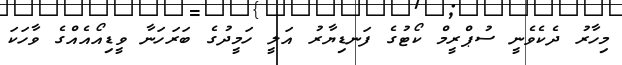
މިހާރު ދެކެވެނީ ސުޕްރީމް ކޯޓުގެ ފަނޑިޔާރު އަލީ ހަމީދުގެ ބަރަހަނާ ވީޑިއޯއެއްގެ ވާހަކަ